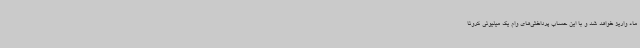
ماه واریز خواهد شد و با این حساب پرداختی‌های وام یک میلیونی کرونا